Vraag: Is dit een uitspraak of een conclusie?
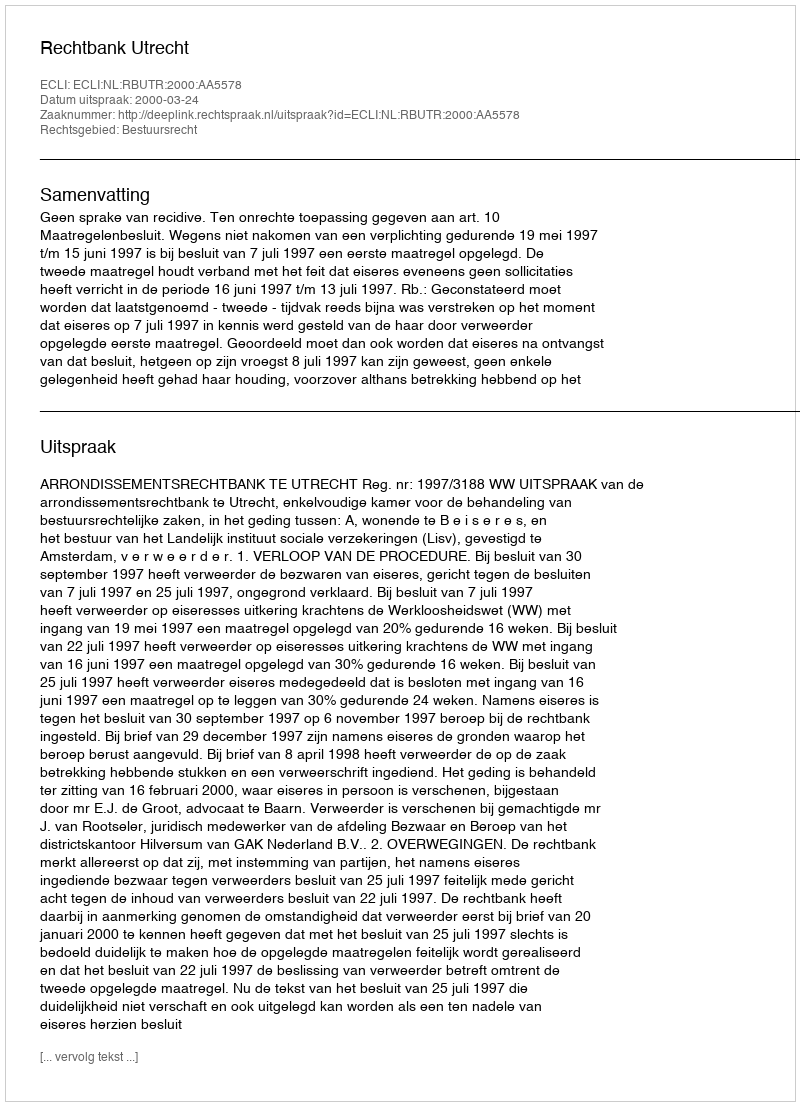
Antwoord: Uitspraak